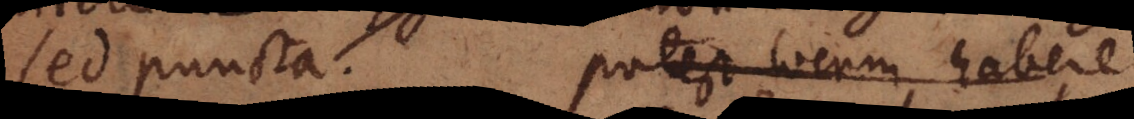
sed puncta. potest _ habere